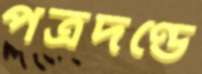
পত্রদণ্ডে